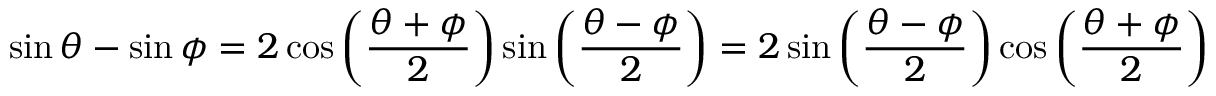
\sin \theta - \sin \phi = 2 \cos \left( { \frac { \theta + \phi } { 2 } } \right) \sin \left( { \frac { \theta - \phi } { 2 } } \right) = 2 \sin \left( { \frac { \theta - \phi } { 2 } } \right) \cos \left( { \frac { \theta + \phi } { 2 } } \right)